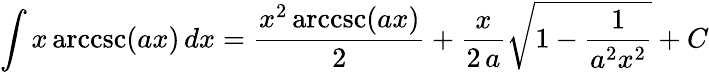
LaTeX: \int x\operatorname{arccsc}(ax)\, dx={\frac{x^{2}\operatorname{arccsc}(ax)}{2}}+{\frac{x}{2\, a}}{\sqrt{1-{\frac{1}{a^{2}x^{2}}}}}+C